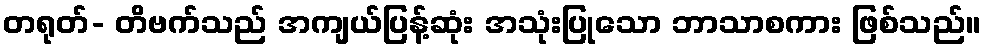
တရုတ်- တိဗက်သည် အကျယ်ပြန့်ဆုံး အသုံးပြုသော ဘာသာစကား ဖြစ်သည်။